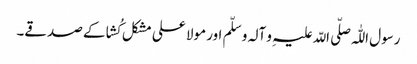
رسول اللّٰہ صلّی اللّہ علیہِ و آلہ و سلّم اور مولا علی مشکل کُشا کے صدقے۔